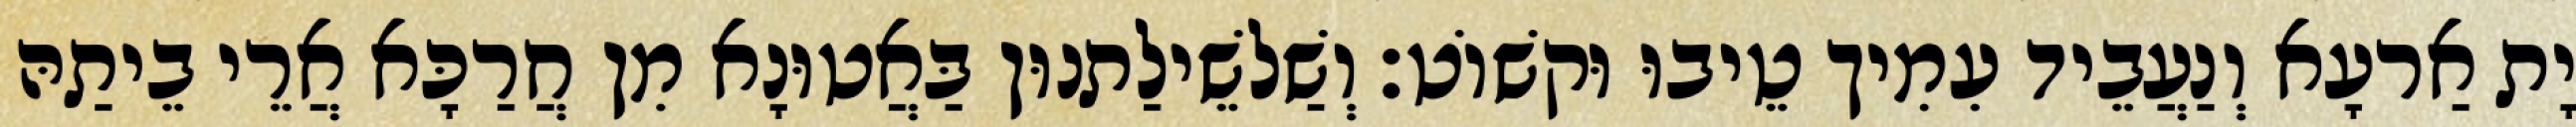
יָת אַרעָא וְנַעֲבֵיד עִמִיך טֵיבוּ וּקשׁוֹט׃ וְשַׁלשֵׁילַתנוּן בַּאֲטוּנָא מִן חֲרַכָּא אֲרֵי בֵיתַהּ